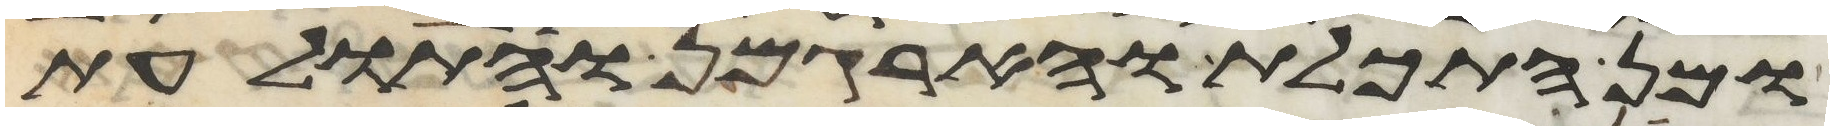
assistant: ומן התכלת והארגמן ותולעת